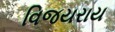
વિજયરાય